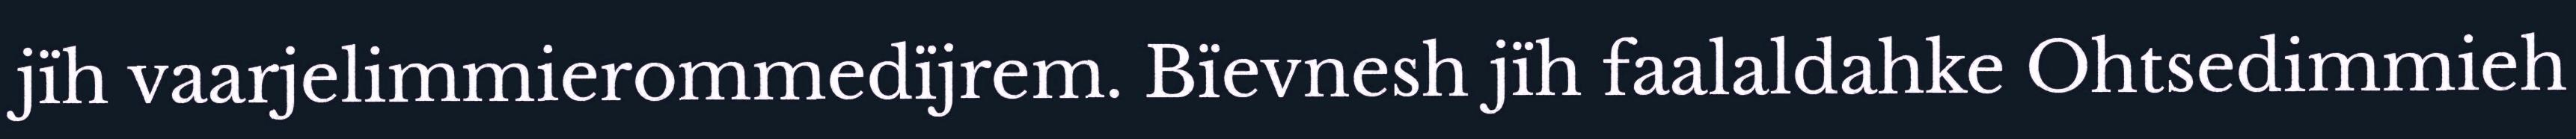
jïh vaarjelimmierommedïjrem. Bïevnesh jïh faalaldahke Ohtsedimmieh